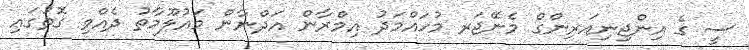
ސީ ގެ އިންޖިނިއަރިންގް މެނޭޖަރ މުހައްމަދު އިމްރާން އަދްނާން މައުލޫމާތު ދެއްވި ގޮތުގައި